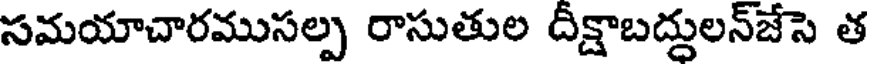
సమయాచారముసల్ప రాసుతుల దీక్షాబద్దులన్జేసె త